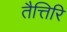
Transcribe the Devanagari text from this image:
तैत्तिरि